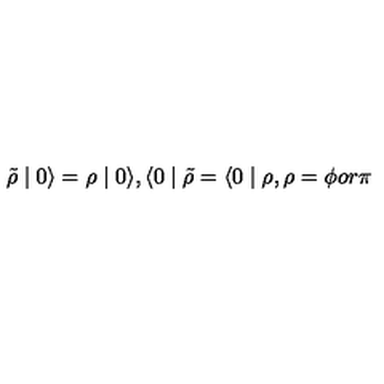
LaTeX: \tilde { \rho } \mid 0 \rangle = \rho \mid 0 \rangle , \langle 0 \mid \tilde { \rho } = \langle 0 \mid \rho , \rho = \phi o r \pi